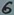
Text: 6